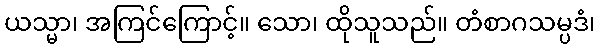
ယသ္မာ၊ အကြင်ကြောင့်။ သော၊ ထိုသူသည်။ တံစာဂသမ္ပဒံ၊